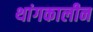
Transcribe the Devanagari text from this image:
थांगकालीन